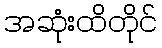
အဆုံးထိတိုင်